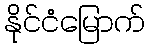
နိုင်ငံမြောက်